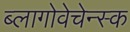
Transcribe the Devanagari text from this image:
ब्लागोवेचेन्स्क